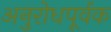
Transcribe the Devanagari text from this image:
अनुरोधपूर्वक